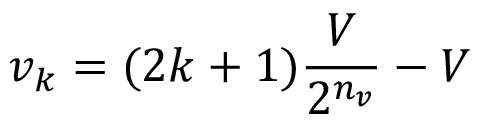
v _ { k } = ( 2 k + 1 ) \frac { V } { 2 ^ { n _ { v } } } - V